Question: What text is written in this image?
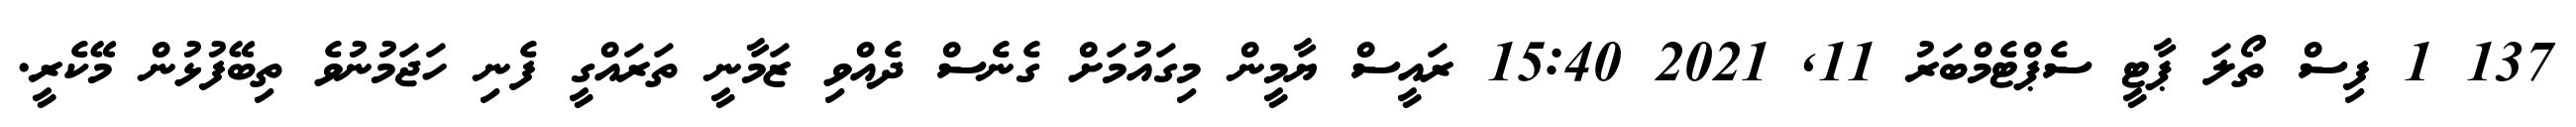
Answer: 137 1 ފިސް ތޯލަ ޕާޓީ ސެޕްޓެމްބަރު 11, 2021 15:40 ރައީސް ޔާމީން މިގައުމަށް ގެނެސް ދެއްވި ޒަމާނީ ތަރައްގީ ފެނި ހަޖަމުނުވެ ތިބޭފުޅުން މޭކެރީ.